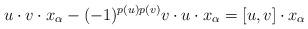
LaTeX: \begin{align*}u\cdot v\cdot x_{\alpha}-(-1)^{p(u)p(v)}v\cdot u\cdot x_{\alpha}=[u,v]\cdot x_{\alpha}\end{align*}